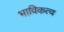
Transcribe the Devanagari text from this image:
भाविकत्व